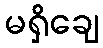
မရှိချေ